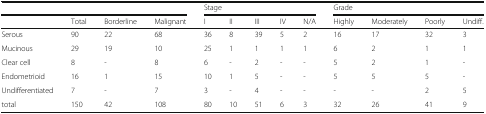
| <COLSPAN=4>  | <COLSPAN=5> Stage | <COLSPAN=4> Grade |
 |  | Total | Borderline | Malignant | I | II | III | IV | N/A | Highly | Moderately | Poorly | Undiff. |
 | --- | --- | --- | --- | --- | --- | --- | --- | --- | --- | --- | --- | --- |
 | Serous | 90 | 22 | 68 | 36 | 8 | 39 | 5 | 2 | 16 | 17 | 32 | 3 |
 | Mucinous | 29 | 19 | 10 | 25 | 1 | 1 | 1 | 1 | 6 | 2 | 1 | 1 |
 | Clear cell | 8 | - | 8 | 6 | - | 2 | - | - | 5 | 2 | 1 | - |
 | Endometrioid | 16 | 1 | 15 | 10 | 1 | 5 | - | - | 5 | 5 | 5 | - |
 | Undifferentiated | 7 | - | 7 | 3 | - | 4 | - | - | - | - | 2 | 5 |
 | total | 150 | 42 | 108 | 80 | 10 | 51 | 6 | 3 | 32 | 26 | 41 | 9 |